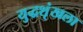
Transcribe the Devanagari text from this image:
युद्धशृंखला